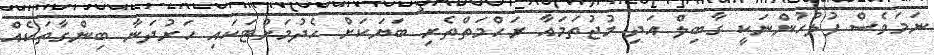
ނަމަވެސް ފުލުހުންނަކީ ގާބިލް އަދި މުޖުތަމައާ ރަހްމަތްތެރި ބަޔަކަށް ހެދުމަށްޓަކައި ހަރުދަނާ ބިންގާތަކެއް